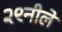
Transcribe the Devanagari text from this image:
२९नीले